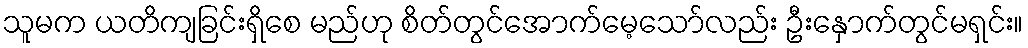
သူမက ယတိကျခြင်းရှိစေ မည်ဟု စိတ်တွင်အောက်မေ့သော်လည်း ဦးနှောက်တွင်မရှင်း။